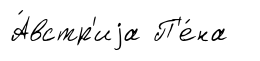
А́встр'иjа П'е́на